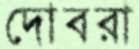
দোবরা